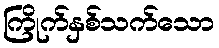
ကြိုက်နှစ်သက်သော